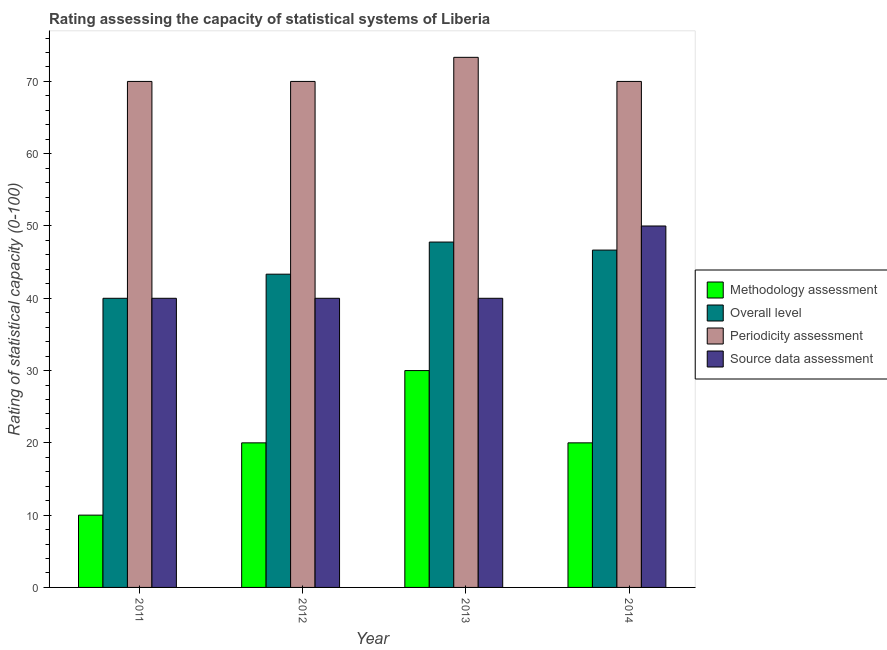
| Year | Methodology assessment | Overall level | Periodicity assessment | Source data assessment |
 | --- | --- | --- | --- | --- |
 | 2011 | 10 | 40 | 70 | 40 |
 | 2012 | 20 | 43.3 | 70 | 40 |
 | 2013 | 30 | 47.8 | 73.3 | 40 |
 | 2014 | 20 | 46.7 | 70 | 50 |